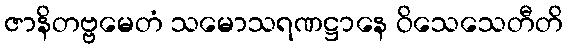
ဇာနိတဗ္ဗမေတံ သမောသရဏဋ္ဌာနေ ဝိသေသေတီတိ